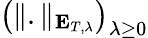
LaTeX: \left(\Vert.\Vert_{\mathbf{E}_{T,\lambda}}\right)_{\lambda\geq 0}